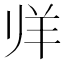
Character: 𱻉